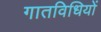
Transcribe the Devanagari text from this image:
गातविधियों